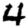
Digit: 4